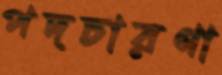
পদচারণা